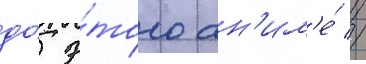
до́ э́того ан'им'е́ //